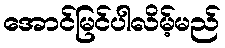
အောင်မြင်ပါလိမ့်မည်